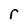
Character: r